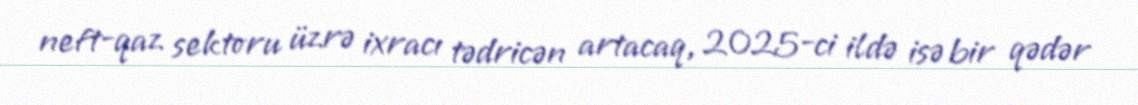
neft-qaz sektoru üzrə ixracı tədricən artacaq, 2025-ci ildə isə bir qədər